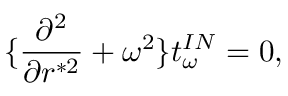
\{ { \frac { \partial ^ { 2 } } { \partial r ^ { * 2 } } } + \omega ^ { 2 } \} t _ { \omega } ^ { I N } = 0 ,